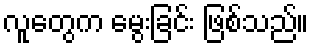
လူတွေက မွေးခြင်း ဖြစ်သည်။